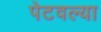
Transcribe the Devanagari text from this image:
पेटवल्या